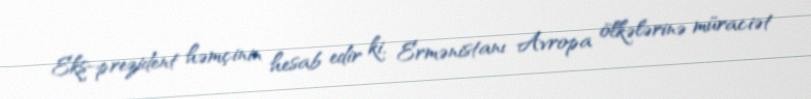
Eks-prezident həmçinin hesab edir ki, Ermənistanı Avropa ölkələrinə müraciət